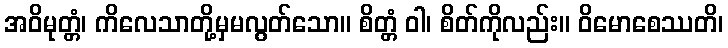
အဝိမုတ္တံ၊ ကိလေသာတို့မှမလွတ်သော။ စိတ္တံ ဝါ၊ စိတ်ကိုလည်း။ ဝိမောစေဿတိ၊